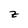
Character: z